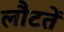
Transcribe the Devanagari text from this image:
लौटतें